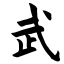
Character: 武